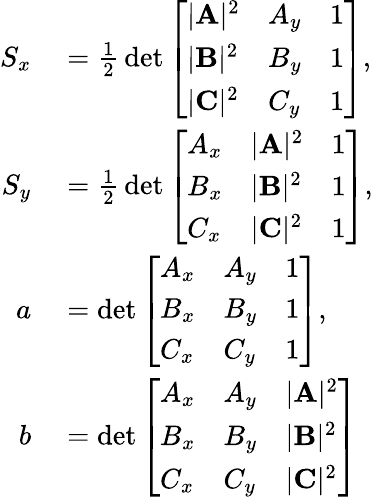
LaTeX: \begin{array}{rl}{S_{x}}&{{}={\frac{1}{2}}\operatorname*{det}{\left[\begin{array}{lll}{|\mathbf{A}|^{2}}&{A_{y}}&{1}\\ {|\mathbf{B}|^{2}}&{B_{y}}&{1}\\ {|\mathbf{C}|^{2}}&{C_{y}}&{1}\end{array}\right]},}\\ {S_{y}}&{{}={\frac{1}{2}}\operatorname*{det}{\left[\begin{array}{lll}{A_{x}}&{|\mathbf{A}|^{2}}&{1}\\ {B_{x}}&{|\mathbf{B}|^{2}}&{1}\\ {C_{x}}&{|\mathbf{C}|^{2}}&{1}\end{array}\right]},}\\ {a}&{{}=\operatorname*{det}{\left[\begin{array}{lll}{A_{x}}&{A_{y}}&{1}\\ {B_{x}}&{B_{y}}&{1}\\ {C_{x}}&{C_{y}}&{1}\end{array}\right]},}\\ {b}&{{}=\operatorname*{det}{\left[\begin{array}{lll}{A_{x}}&{A_{y}}&{|\mathbf{A}|^{2}}\\ {B_{x}}&{B_{y}}&{|\mathbf{B}|^{2}}\\ {C_{x}}&{C_{y}}&{|\mathbf{C}|^{2}}\end{array}\right]}}\end{array}